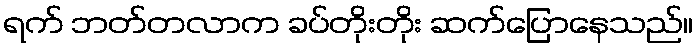
ရက် ဘတ်တလာက ခပ်တိုးတိုး ဆက်ပြောနေသည်။